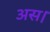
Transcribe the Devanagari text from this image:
अस।